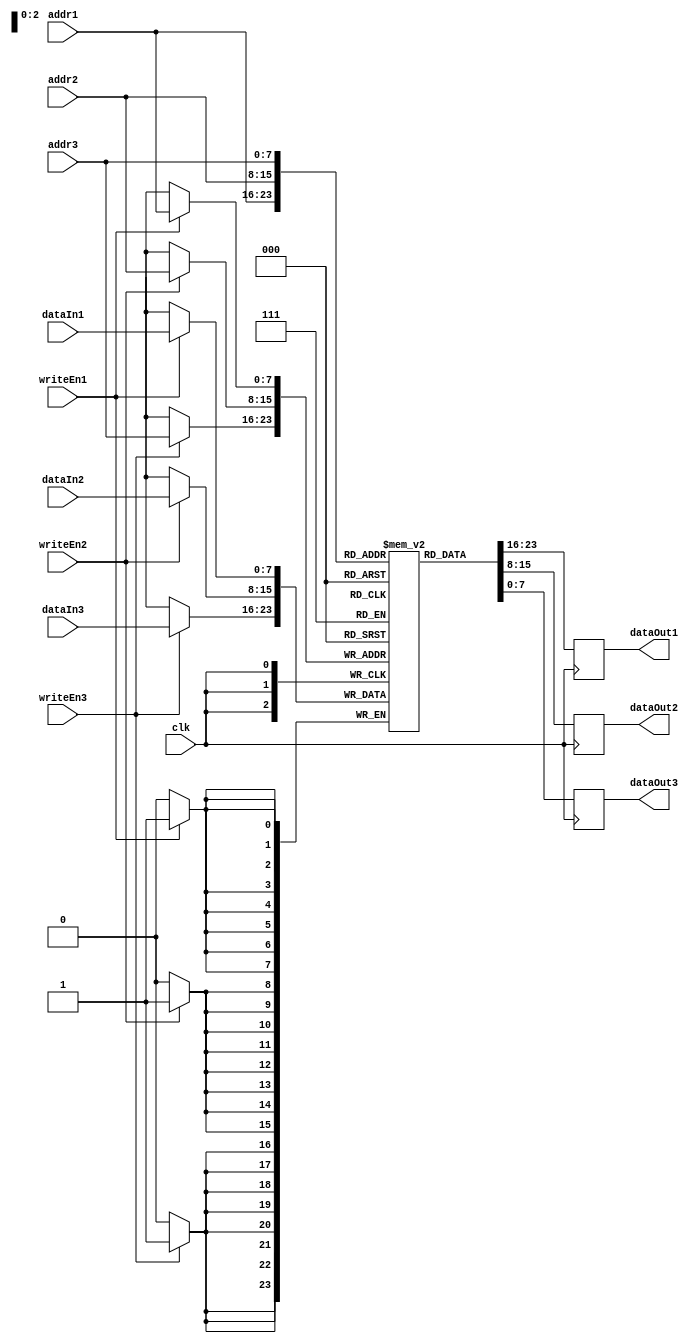
module TriplePortRegisterFile (
    input wire clk,
    input wire [7:0] addr1, addr2, addr3,
    input wire [7:0] dataIn1, dataIn2, dataIn3,
    input wire writeEn1, writeEn2, writeEn3,
    output reg [7:0] dataOut1, dataOut2, dataOut3
);

reg [7:0] mem [0:255];

always @(posedge clk) begin
    if(writeEn1) mem[addr1] <= dataIn1;
    if(writeEn2) mem[addr2] <= dataIn2;
    if(writeEn3) mem[addr3] <= dataIn3;
    
    dataOut1 <= mem[addr1];
    dataOut2 <= mem[addr2];
    dataOut3 <= mem[addr3];
end

endmodule